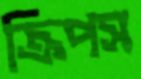
ক্রিপস